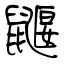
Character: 鼴